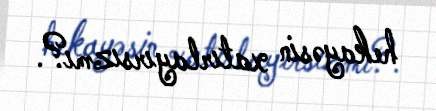
hekayəsin xatırlayırsızmı?.